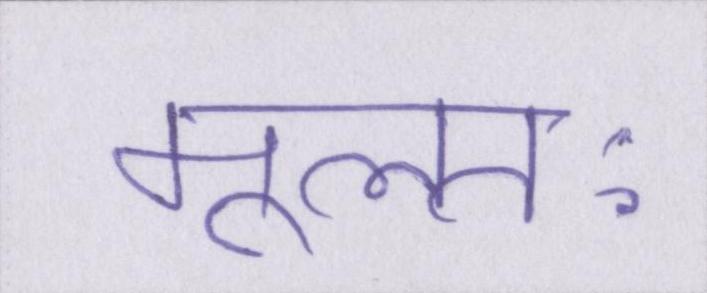
मूलतः